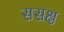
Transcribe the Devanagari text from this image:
ससक्ष